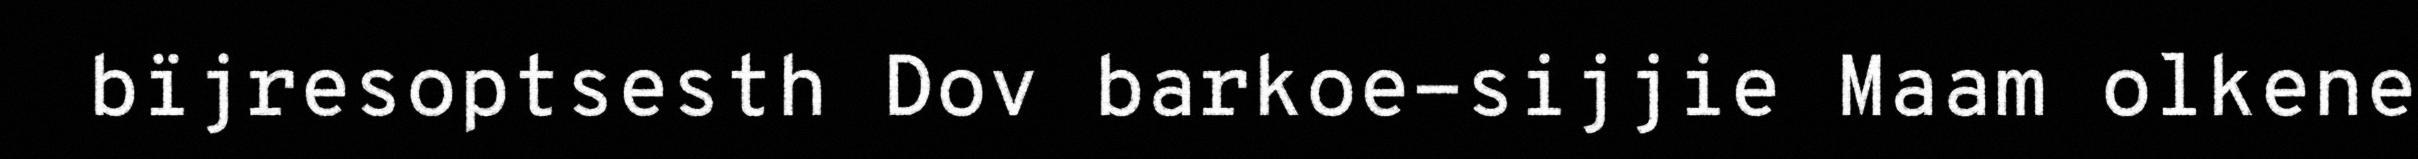
bïjresoptsesth Dov barkoe-sijjie Maam olkene